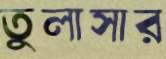
তুলাসার